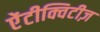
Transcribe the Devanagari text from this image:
ऐंटीक्विटीज़